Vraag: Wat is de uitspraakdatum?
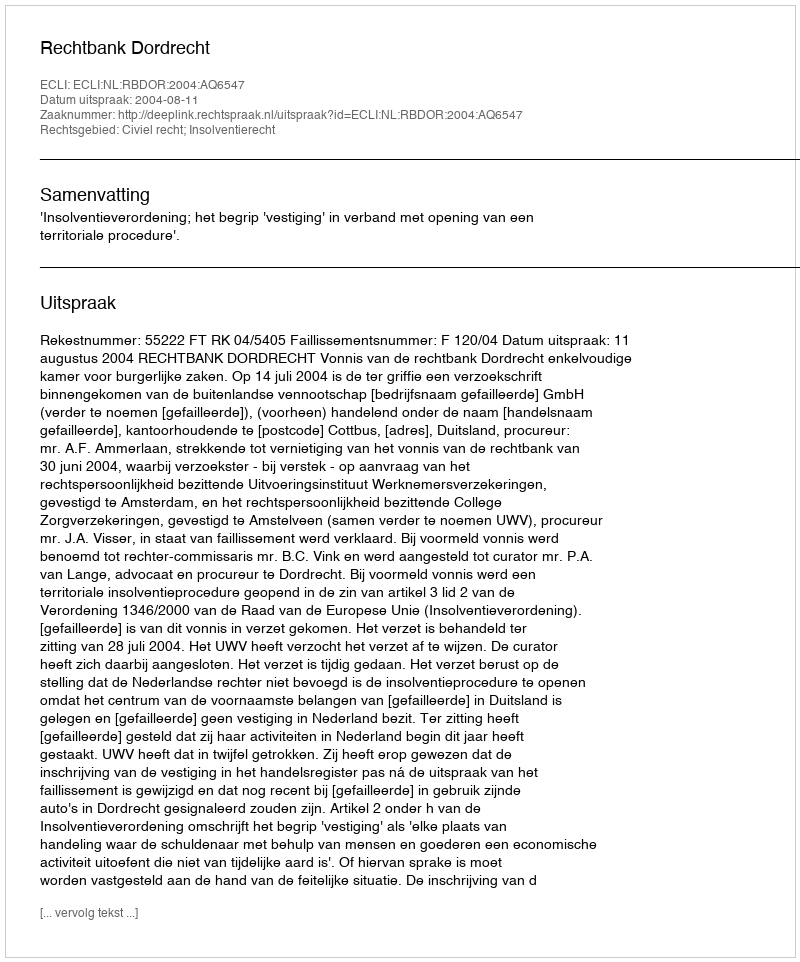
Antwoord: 2004-08-11